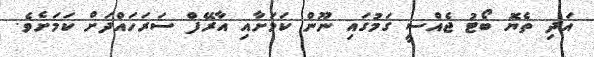
އަދި ތެޔޮ ބޯޓު ޖެއްސީ ގަމުގައި ނޫން ކަމަށާއި އާރޭފް ސަރަހައްދަށް ކަމަށެވެ.